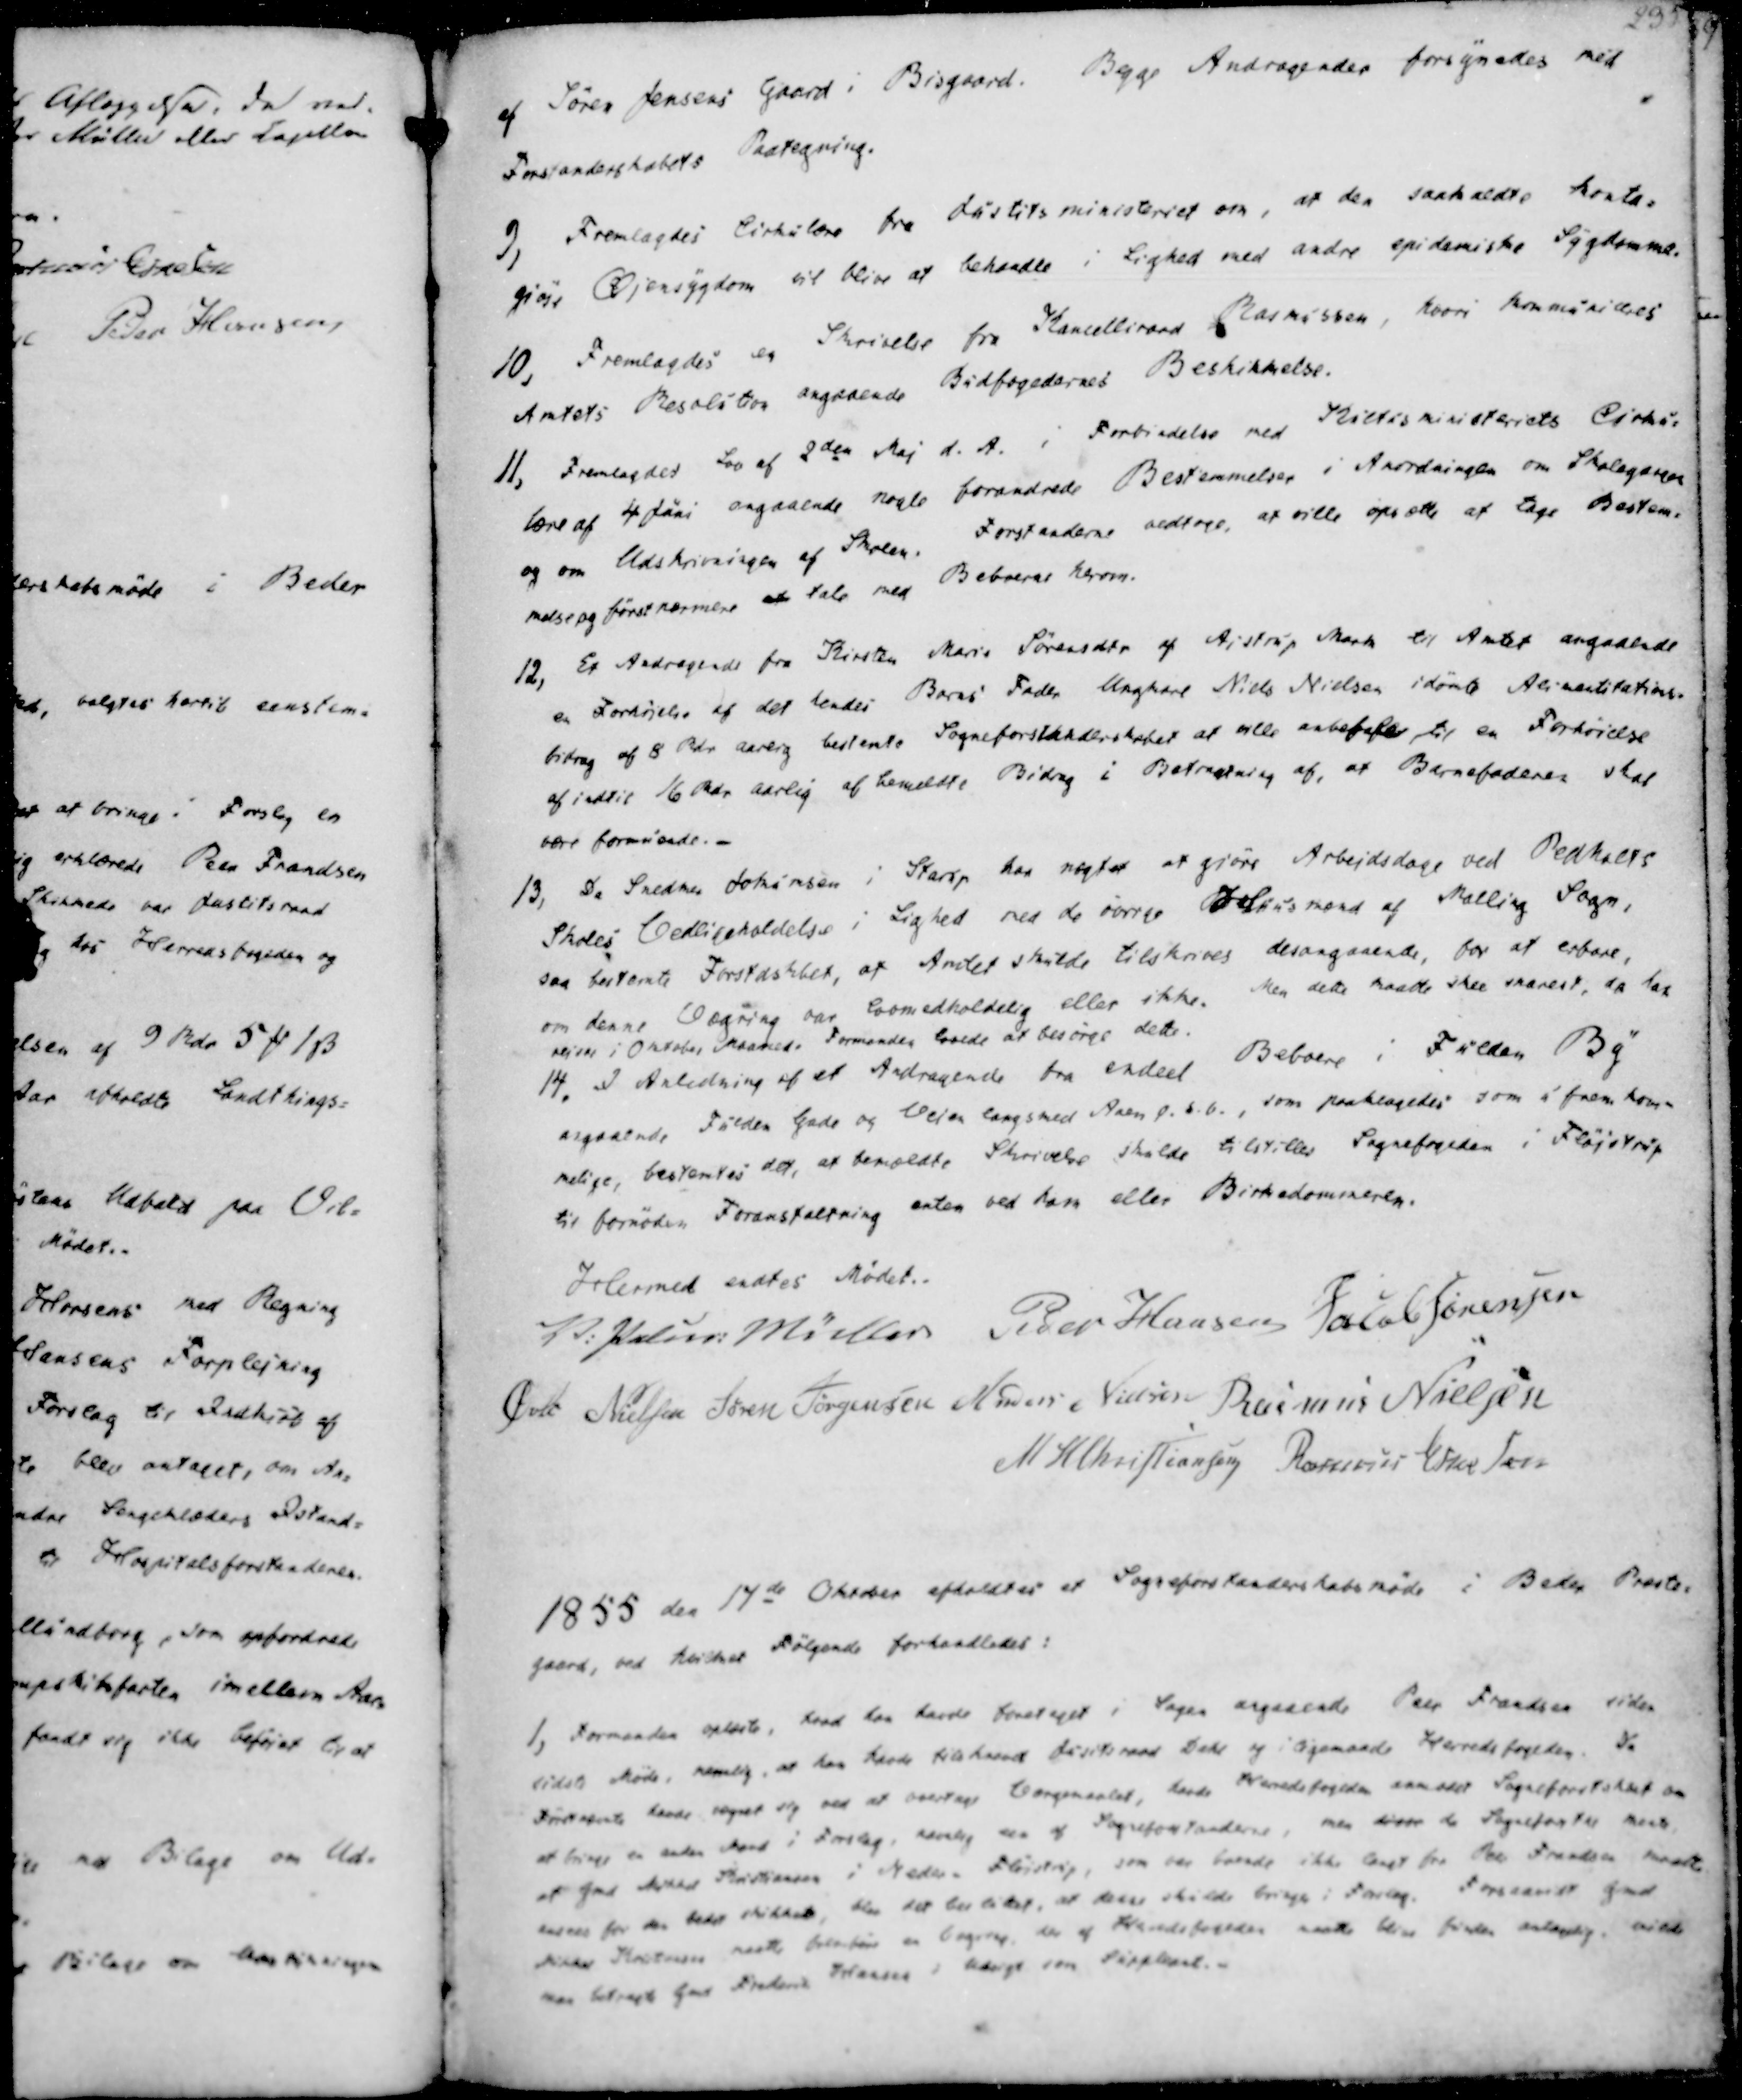
Transskription:
af Søren Jensens Gaard i Bisgaard. Begge Andragender forsynedes med
Forstanderskabets Paategning.

9, Fremlagdes Cirkulære fra Justitsministeriet om, at den saakaldte konta-
giøse Øjensygdom vil blive at behandle i Lighed med andre epidemiske Sygdomme.
10, Fremlagdes en Skrivelse fra Kancelliraad Rasmussen, hvori Kommuniceres
Amtets Resolution angaaende Budfogedernes Beskikkelse.
11, Fremlagdes Lov af 2den Maj d. A. i Forbindelse med Justitsministeriets Cirku-
lære af 4 Juni angaaende nogle forandrede Bestemmelser i Anordningen om Skolegangen
og om Udskrivningen af Skolen. Forstanderne vedtage, at ville opsætte at tage Bestem-
melse og først nærmere at tale med Beboerne herom.

12, Et Andragende fra Kirsten Marie Sørensen af Aistrup Mark til Amtet angaaende
en Forhøjelse af det hendes Barns Fader Ungkarl Niels Nielsen idømte Alimentitations-
bidrag af 8 Rdr aarlig bestemte Sogneforstanderskabet at alle anbefale til en Forhøielse
af indtil 16 Rdr aarlig af bemeldte Bidrag i Betragtning af, at Barnefaderen skal
være formuende. -
13, Da Snedker Johansen i Starup har nægtet at gjøre Arbejdsdage ved Pedholdts
Skoles Vedligeholdelse i Lighed med de øvrige Huusmænd af Malling Sogn,
saa bestemte Forstaskbet, at Amtet skulde tilskrives desangaaende, for at erbore,
om denne Vægring var loomedholdelig eller ikke. Men dette maatte skee snarest, og han
rejser i Oktober Maaned. Formanden lovede at besørge dette.
14. I Anledning af et Andragende fra endeel Beboere i Fulden By
angaaende Fulden Gade og Veien langs med Aaen p. s.b., som paaklagedes som ufremkom-
melige, bestemtes det, at bemældte Skrivelse skulde tilstilles Sognefogeden i Fløjstrup
til fornøden Foranstaltning enten ved ham eller Birkedommeren.

Hermed endtes Mødet.
V. Palud. Müller
Peder Hansen
Jacob Sørensen
Øvle Nielsen
Søren Jørgensen
Anders Nielsen
Rasmus Nielsen
M. H. Christiansen
Rasmus Eskesen

1855 den 17de Oktober afholdtes et Sogneforstanderskabsmøde i Beder Præste-
gaard, ved hvilket Følgende forhandledes:

1, Formanden oplæste, hvad han havde foretaget i Sagen angaaende Peder Frandsen siden
sidste Møde, nemlig, at han havde tilskrevet Justitsraad Dahl og i skjemaade Herredsfogeden. Da
Førstnævnte havde vægret sig ved at overtage Værgemaalet, havde Herredsfogeden anmodet Sogneforstskbt om
at bruge en anden Mand i Forslag, nemlig een af Sognforstanderne, men disse da Sognefostsk mente,
at Gmd Mikkel Kristiansen i Neder- Fløistrup, som var boende ikke langt fra Peder Frandsen maatte
anses for den bedst skikkede, blev det besluttet, at denne skulde bringe i Forslag. Forsaavidt Gmd
Mikkel Kristensen maatte betaføre en Begine, der af Herredsfogeden matte blive funden antagelig, vilde
man betragte Gmd Frederik Hansen i Udsigt som Suppleant. -